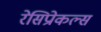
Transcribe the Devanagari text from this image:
रेसिप्रोकल्स